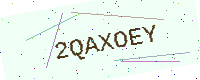
Text: 2QAXOEY